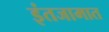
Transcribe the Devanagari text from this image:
इंतजामात